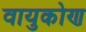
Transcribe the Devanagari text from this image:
वायुकोण